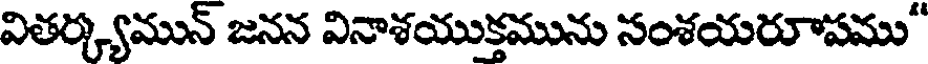
వితర్క్యమున్ జనన వినాశయుక్తమును సంశయరూపము"